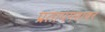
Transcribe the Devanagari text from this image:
प्रतापगडावर